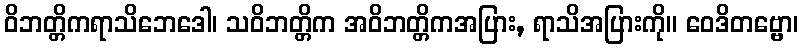
ဝိဘတ္တိကရာသိဘေဒေါ၊ သဝိဘတ္တိက အဝိဘတ္တိကအပြား, ရာသိအပြားကို။ ဝေဒိတဗ္ဗော၊